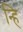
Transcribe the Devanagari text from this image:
न्हि